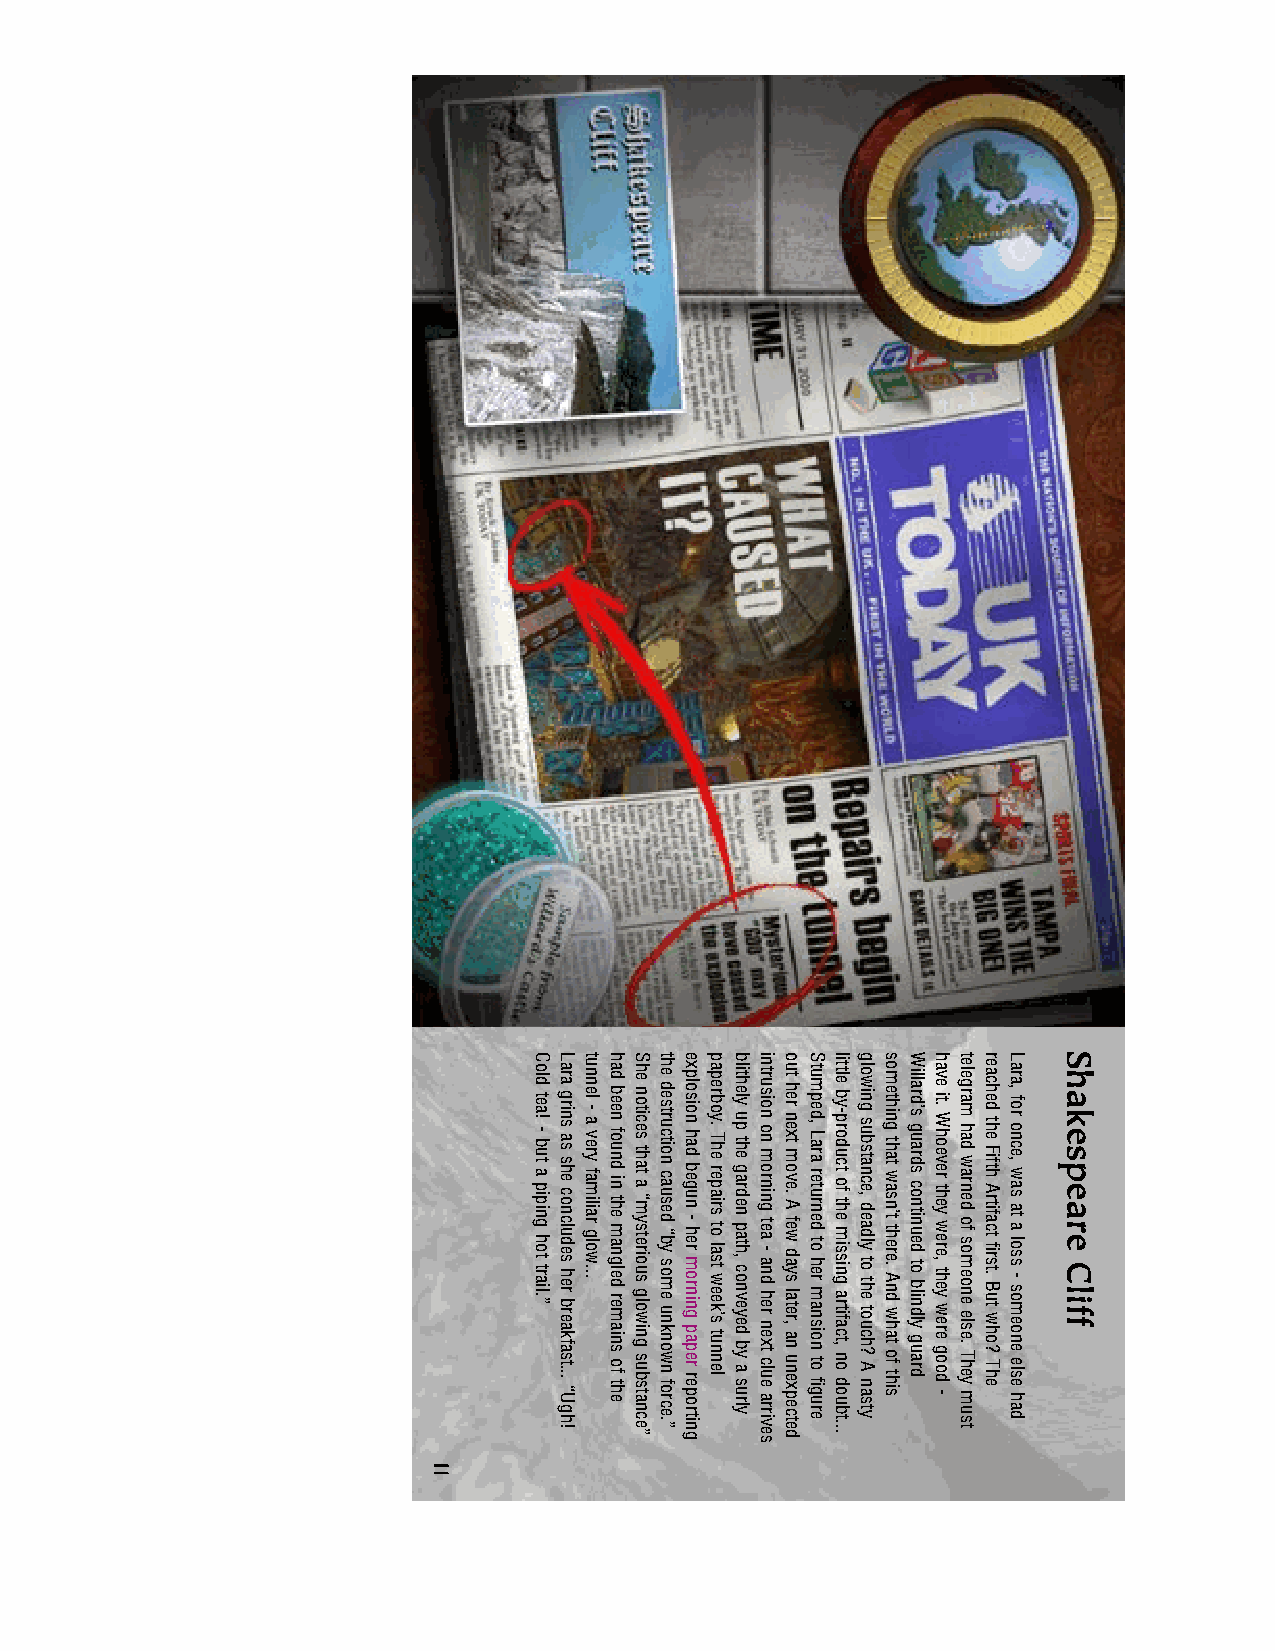
1111111111
 Cold
 tea!
 - but
 a piping
 hot
 trail.”
 Lara
 grins
 as
 she
 concludes
 her breakfast...
 “Ugh!
 tunnel
 -
 a very
 familiar
 glow...
 had
 been
 found
 in the
 mangled
 remains
 of the
 She
 notices
 that
 a “mysterious
 glowing
 substance”
 the
 destruction
 caused
 “by
 some unknown
 force.”
 explosion
 had
 begun
 - her
 morning
 paper reporting
 paperboy.
 The
 repairs
 to last
 week’s
 tunnel
 blithely
 up the
 garden
 path,
 conveyed
 by a surly
 intrusion
 on
 morning
 tea -
 and her
 next clue
 arrives
 out
 her
 next
 move.
 A
 few days
 later,
 an unexpected
 Stumped,
 Lara
 returned
 to
 her mansion
 to figure
 little
 by-product
 of the
 missing
 artifact,
 no doubt...
 glowing
 substance,
 deadly
 to the touch?
 A nasty
 something
 that
 wasn’t
 there.
 And what
 of this
 Willard’s
 guards
 continued
 to blindly
 guard
 have
 it.
 Whoever
 they
 were,
 they were
 good
 -
 telegram
 had
 warned
 of someone
 else.
 They
 must
 reached
 the
 Fifth
 Artifact
 first.
 But who?
 The
 Lara,
 for
 once,
 was at
 a loss
 - someone
 else
 had
 SSSSShhhhhaaaaakkkkkeeeeessssspppppeeeeeaaaaarrrrreeeee
 CCCCCllllliiiiiffffffffff